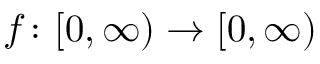
f \colon [ 0 , \infty ) \rightarrow [ 0 , \infty )